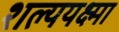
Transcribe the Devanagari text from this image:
शल्ययक्ष्मा